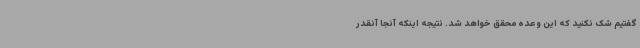
گفتیم شک نکنید که این وعده محقق خواهد شد. نتیجه اینکه آنجا آنقدر